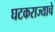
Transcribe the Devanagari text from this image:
घटकराज्याचे